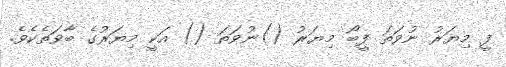
ފީ މިޔަރު ނުވަތަ ފީބޯ މިޔަރު ()ނުވަތަ () އަކީ މިޔަރުގެ ބާވަތެކެވެ.